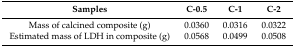
<table><thead><tr><td><b>Samples</b></td><td><b>C-0.5</b></td><td><b>C-1</b></td><td><b>C-2</b></td></tr></thead><tbody><tr><td>Mass of calcined composite (g)</td><td>0.0360</td><td>0.0316</td><td>0.0322</td></tr><tr><td>Estimated mass of LDH in composite (g)</td><td>0.0568</td><td>0.0499</td><td>0.0508</td></tr></tbody></table>